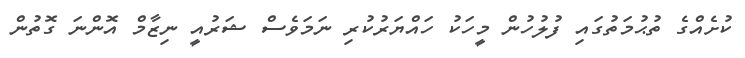
ކުށެއްގެ ތުޙުމަތުގައި ފުލުހުން މީހަކު ހައްޔަރުކުރި ނަމަވެސް ޝަރުއީ ނިޒާމް އޮންނަ ގޮތުން